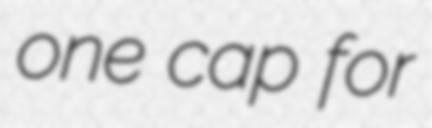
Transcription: one cap for